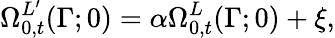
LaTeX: \Omega_{0,t}^{L^{\prime}}(\Gamma;0)=\alpha\Omega_{0,t}^{L}(\Gamma;0)+\xi,